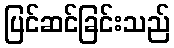
ပြင်ဆင်ခြင်းသည်